Lunatic asylums Central Provinces reports 1910-1926 - 1910-1926
Year: 1910
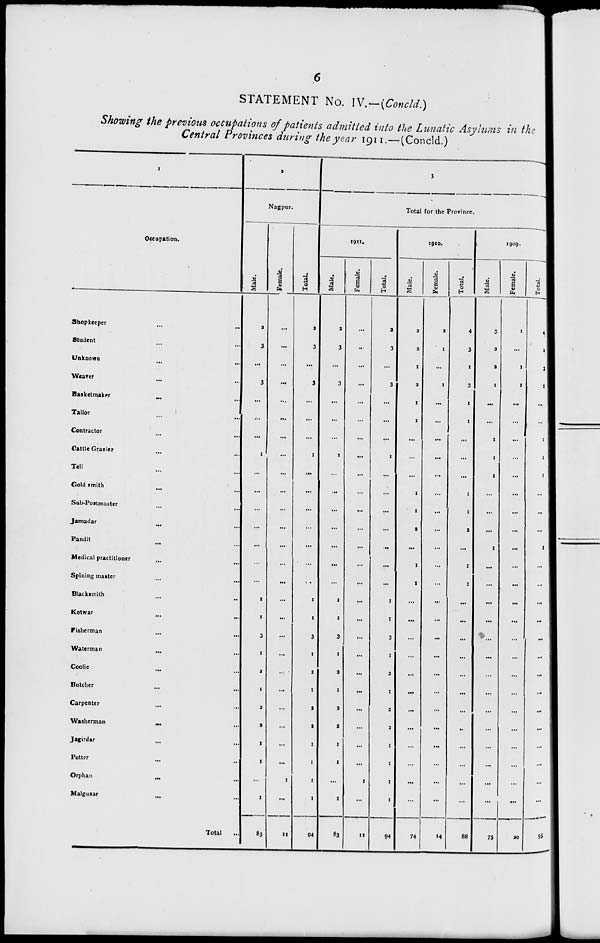
6
STATEMENT No. IV.—(Concld.)
Showing the previous occupations of patients admitted into the Lunatic Asylums in the
Central Provinces during the year 1911.—(Concld.)
1
Occupation.
Shopkeeper ... ...
Student ... ...
Unknown ... ...
Wearer ... ...
Basketmaker ... ...
Tailor ... ...
Contractor ... ...
Cattle Grazier ... ...
Teli ... ...
Gold smith ... ...
Sub-Postmaster ... ...
Jamadar
...
...
Pandit ... ...
Medical practitioner ... ...
Spining master ... ...
Blacksmith ... ...
Kotwar ... ...
Fisherman ... ...
Waterman
...
...
Coolie ... ...
Butcher ... ...
Carpenter ... ...
Washerman
...
...
Jagirdar ... ...
Potter ... ...
Orphan ... ...
Malguzar ... ...
Total ...
2
Nagpur.
Male.
2
3
...
3
...
...
...
1
...
...
...
...
...
...
...
1
1
3
1
2
1
2
2
1
1
...
1
83
Female.
...
...
...
...
...
...
...
...
...
...
...
...
...
...
...
...
...
...
...
...
...
...
...
...
...
1
...
11
Total.
2
3
...
3
...
...
...
1
...
...
...
...
...
...
...
1
1
3
1
2
1
2
2
1
1
1
1
94
3
Total for the Province.
1911.
Male.
2
3
...
3
...
...
...
1
...
...
...
...
...
...
...
1
1
3
1
2
1
2
2
1
1
...
1
83
Female.
...
...
...
...
...
...
...
...
...
...
...
...
...
...
...
...
...
...
...
...
...
...
...
...
...
1
...
11
Total.
2
3
...
3
...
...
...
1
...
...
...
...
...
...
...
1
1
3
1
2
1
2
2
1
1
1
1
94
1910.
Male.
2
2
1
2
1
1
...
...
...
1
1
2
...
1
1
...
...
...
...
...
...
...
...
...
...
...
...
74
Female.
2
1
...
1
...
...
...
...
...
...
...
...
...
...
...
...
...
...
...
...
...
...
...
...
...
...
...
14
Total.
4
3
1
3
1
1
...
...
...
1
1
2
...
1
1
...
...
...
...
...
...
...
...
...
...
...
...
88
1909.
Male.
3
2
2
1
...
...
1
1
1
...
...
...
1
...
...
...
...
...
...
...
...
...
...
...
...
...
...
75
Female.
1
...
1
1
...
...
...
...
...
...
...
...
...
...
...
...
...
...
...
...
...
...
...
...
...
...
...
20
Total.
4
2
3
2
...
...
1
1
1
...
...
...
1
...
...
...
...
...
...
...
...
...
...
...
...
...
...
95